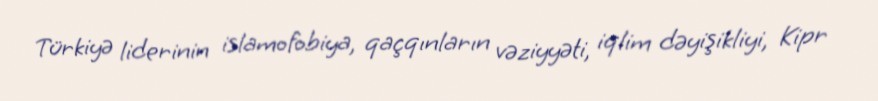
Türkiyə liderinin islamofobiya, qaçqınların vəziyyəti, iqlim dəyişikliyi, Kipr